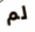
لم